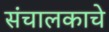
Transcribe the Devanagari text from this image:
संचालकाचे